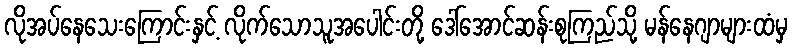
လိုအပ်နေသေးကြောင်းနှင့် လိုက်သောသူအပေါင်းတို့ ဒေါ်အောင်ဆန်းစုကြည်သို့ မန်နေဂျာများထံမှ